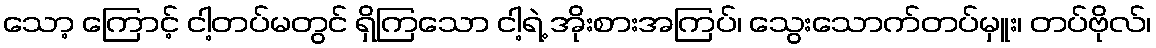
သော့ ကြောင့် ငါ့တပ်မတွင် ရှိကြသော ငါ့ရဲ့ အိုးစားအကြပ်၊ သွေးသောက်တပ်မှူး၊ တပ်ဗိုလ်၊